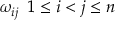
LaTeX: \omega _ { i j } \; \; 1 \leq i < j \leq n